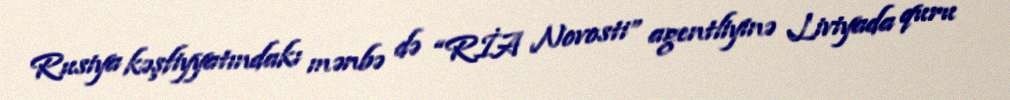
Rusiya kəşfiyyatındakı mənbə də “RİA Novosti” agentliyinə Liviyada quru